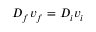
D _ { f } v _ { f } = D _ { i } v _ { i }